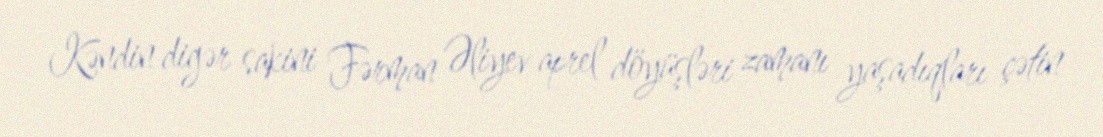
Kəndin digər sakini Fərman Əliyev aprel döyüşləri zamanı yaşadıqları çətin